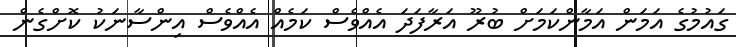
ގައުމުގެ އަމަން އަމާންކަމަށް ބުރޫ އަރާފަދަ އެއްވެސް ކަމެއް އެއްވެސް އިންސާނަކު ކޮށްގެން